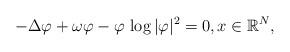
LaTeX: \begin{align*}-\Delta \varphi+\omega \varphi-\varphi\, \log |\varphi |^2=0, x\in {\mathbb{R}}^N,\end{align*}